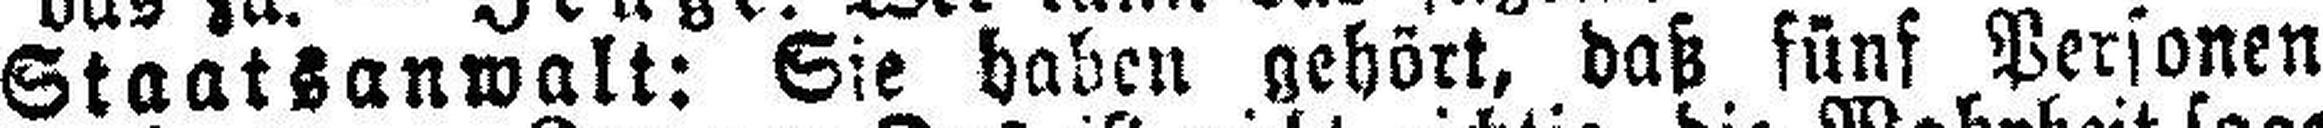
Staatsanwalt: Sie haben gehört, daß fünf Personen